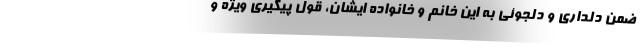
ضمن دلداری و دلجوئی به این خانم و خانواده ایشان، قول پیگیری ویژه و